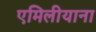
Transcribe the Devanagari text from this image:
एमिलीयाना